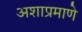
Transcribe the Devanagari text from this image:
अशाप्रमाणे